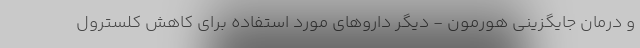
و درمان جایگزینی هورمون - دیگر داروهای مورد استفاده برای کاهش کلسترول